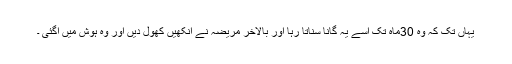
یہاں تک کہ وہ 30ماہ تک اسے یہ گانا سناتا رہا اور بالآخر مریضہ نے آنکھیں کھول دیں اور وہ ہوش میں آگئی ۔